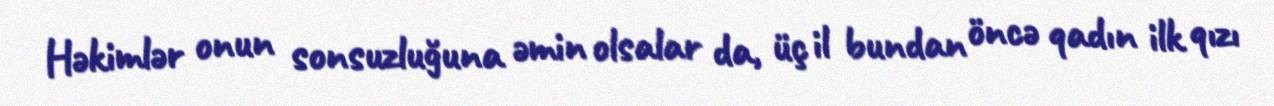
Həkimlər onun sonsuzluğuna əmin olsalar da, üç il bundan öncə qadın ilk qızı